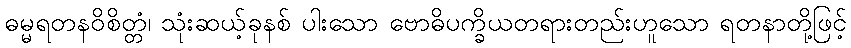
ဓမ္မရတနဝိစိတ္တံ၊ သုံးဆယ့်ခုနစ် ပါးသော ဗောဓိပက္ခိယတရားတည်းဟူသော ရတနာတို့ဖြင့်